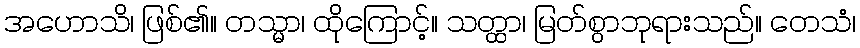
အဟောသိ၊ ဖြစ်၏။ တသ္မာ၊ ထိုကြောင့်။ သတ္ထာ၊ မြတ်စွာဘုရားသည်။ တေသံ၊